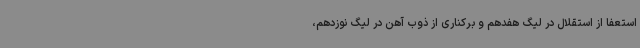
استعفا از استقلال در لیگ هفدهم و برکناری از ذوب‌ آهن در لیگ نوزدهم،